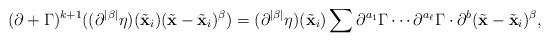
LaTeX: \begin{align*}(\partial + \Gamma)^{k+1} ((\partial^{|\beta|}\eta)(\tilde{\mathbf{x}}_i) (\tilde{\mathbf{x}}-\tilde{\mathbf{x}}_i)^\beta) = (\partial^{|\beta|}\eta)(\tilde{\mathbf{x}}_i) \sum \partial^{a_1}\Gamma \cdots \partial^{a_\ell}\Gamma \cdot \partial^b (\tilde{\mathbf{x}}-\tilde{\mathbf{x}}_i)^\beta,\end{align*}